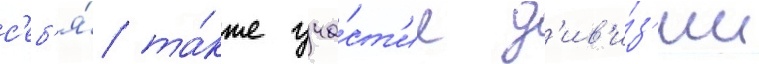
с'еб'я́ та́кже уча́ст'ие д'ив'и́з'ии